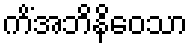
ကိံအဘိနိဝေသာ